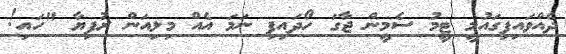
ދެއްވައިފިގައުމީ ޓީމު ސެމީން ޖާގަ ހޯދައިފި ނަމަ އެއް މިލިއަން ރުފިޔާ "ހައި!